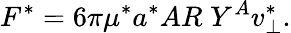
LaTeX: F^{*}=6\pi\mu^{*}a^{*}AR\; Y^{A}v_{\bot}^{*}.